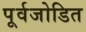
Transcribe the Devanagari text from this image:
पूर्वजोडित